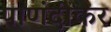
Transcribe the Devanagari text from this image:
पाणंदीकर